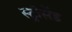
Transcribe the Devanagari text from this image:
स्ट्रीसेंड